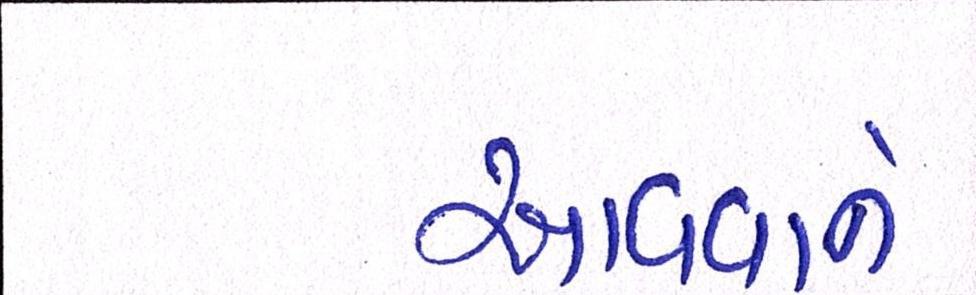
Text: આવવાને